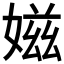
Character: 𡞰